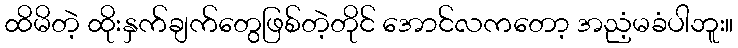
ထိမိတဲ့ ထိုးနှက်ချက်တွေဖြစ်တဲ့တိုင် အောင်လကတော့ အညံ့မခံပါဘူး။